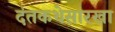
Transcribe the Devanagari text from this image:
दंतकथेसारखा